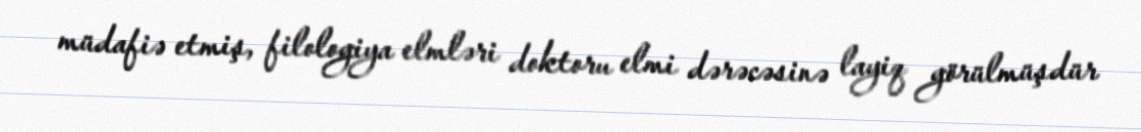
müdafiə etmiş, filologiya elmləri doktoru elmi dərəcəsinə layiq görülmüşdür